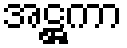
အဋ္ဌကာ